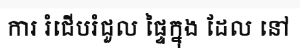
ការ រំជើបរំជួល ផ្ទៃក្នុង ដែល នៅ